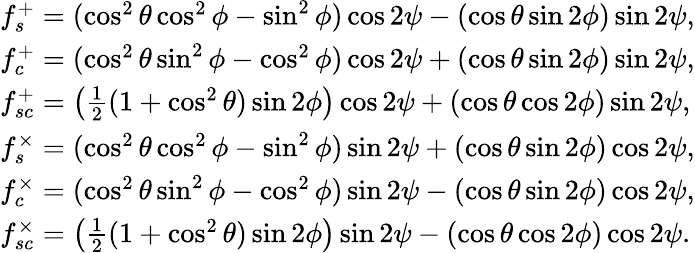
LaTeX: \begin{array}{l}{f_{s}^{+}=(\cos^{2}{\theta}\cos^{2}{\phi}-\sin^{2}{\phi})\cos{2\psi}-(\cos{\theta}\sin{2\phi})\sin{2\psi},}\\ {f_{c}^{+}=(\cos^{2}{\theta}\sin^{2}{\phi}-\cos^{2}{\phi})\cos{2\psi}+(\cos{\theta}\sin{2\phi})\sin{2\psi},}\\ {f_{sc}^{+}=\bigl(\frac{1}{2}(1+\cos^{2}{\theta})\sin 2{\phi}\bigr)\cos{2\psi}+(\cos{\theta}\cos{2\phi})\sin{2\psi},}\\ {f_{s}^{\times}=(\cos^{2}{\theta}\cos^{2}{\phi}-\sin^{2}{\phi})\sin{2\psi}+(\cos{\theta}\sin{2\phi})\cos{2\psi},}\\ {f_{c}^{\times}=(\cos^{2}{\theta}\sin^{2}{\phi}-\cos^{2}{\phi})\sin{2\psi}-(\cos{\theta}\sin{2\phi})\cos{2\psi},}\\ {f_{sc}^{\times}=\bigl(\frac{1}{2}(1+\cos^{2}{\theta})\sin 2{\phi}\bigr)\sin{2\psi}-(\cos{\theta}\cos{2\phi})\cos{2\psi}.}\end{array}